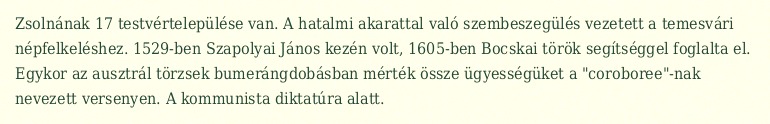
Zsolnának 17 testvértelepülése van. A hatalmi akarattal való szembeszegülés vezetett a temesvári népfelkeléshez. 1529-ben Szapolyai János kezén volt, 1605-ben Bocskai török segítséggel foglalta el. Egykor az ausztrál törzsek bumerángdobásban mérték össze ügyességüket a "coroboree"-nak nevezett versenyen. A kommunista diktatúra alatt.